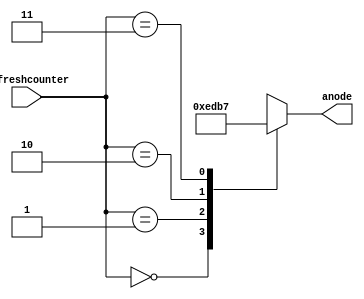
module anode_control(
input [1:0] refreshcounter,
output reg [3:0] anode = 0
);

always@(refreshcounter)
begin
    case(refreshcounter)
        2'b00:
            anode = 4'b1110;
        2'b01:
            anode = 4'b1101;
        2'b10:
            anode = 4'b1011;
        2'b11:
            anode = 4'b0111; // left most digit
    endcase
end

endmodule